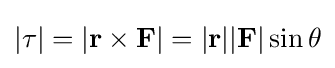
|\mathbf {\tau } |=|\mathbf {r} \times \mathbf {F} |=|\mathbf {r} ||\mathbf {F} |\sin \theta